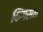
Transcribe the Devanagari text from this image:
किंगसन